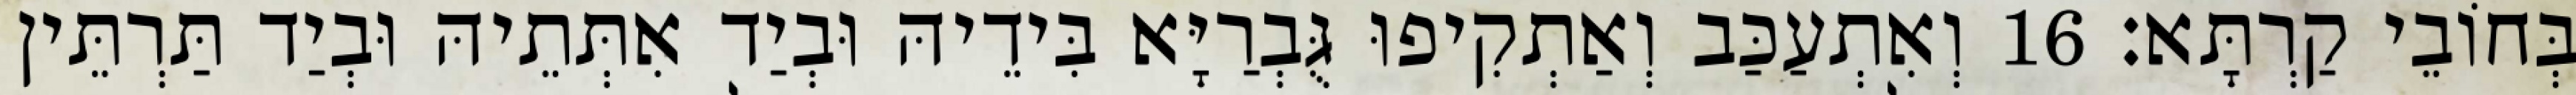
בְּחוֹבֵי קַרְתָּא׃ 16 וְאִתְעַכַּב וְאַתְקִיפוּ גֻּבְרַיָּא בִּידֵיהּ וּבְיַד אִתְּתֵיהּ וּבְיַד תַּרְתֵּין